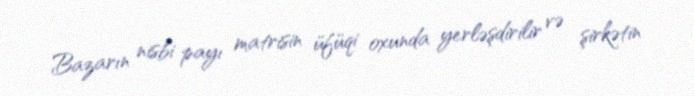
Bazarın nisbi payı matrisin üfüqi oxunda yerləşdirilir və şirkətin